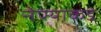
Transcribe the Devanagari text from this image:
नेण्याकडे